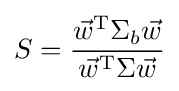
S={\frac {{\vec {w}}^{\mathrm {T} }\Sigma _{b}{\vec {w}}}{{\vec {w}}^{\mathrm {T} }\Sigma {\vec {w}}}}